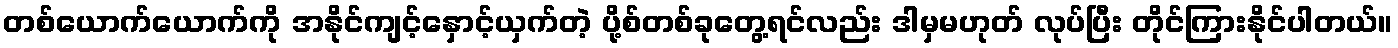
တစ်ယောက်ယောက်ကို အနိုင်ကျင့်နှောင့်ယှက်တဲ့ ပို့စ်တစ်ခုတွေ့ရင်လည်း ဒါမှမဟုတ် လုပ်ပြီး တိုင်ကြားနိုင်ပါတယ်။